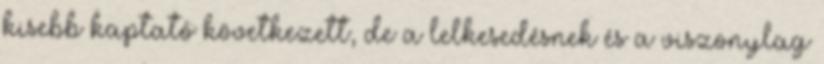
kisebb kaptató következett, de a lelkesedésnek és a viszonylag